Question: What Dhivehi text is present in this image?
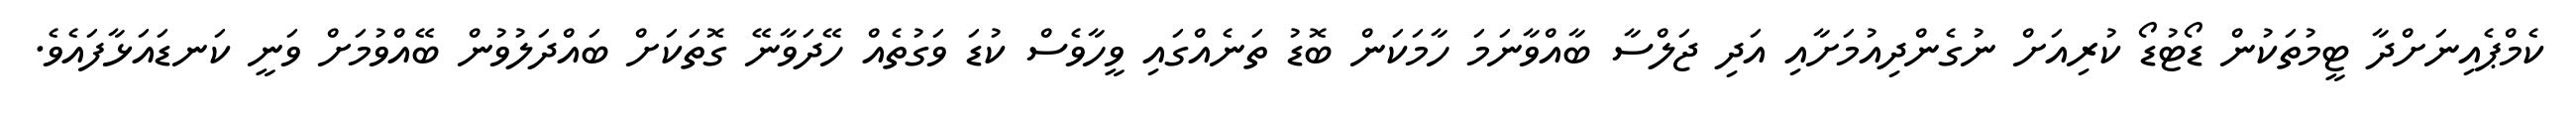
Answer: ކެމްޕެއިނަށްދާ ޓީމުތަކުން ޑޯޓުޑޯ ކުރިއަށް ނުގެންދިއުމަށާއި އަދި ޖަލްސާ ބާއްވާނަމަ ހާމަކަން ބޮޑު ތަނެއްގައި ވީހާވެސް ކުޑަ ވަގުތެއް ހޭދަވާނޭ ގޮތަކަށް ބައްދަލުވުން ބޭއްވުމަށް ވަނީ ކަނޑައަޅާފައެވެ.